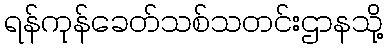
ရန်ကုန်ခေတ်သစ်သတင်းဌာနသို့